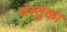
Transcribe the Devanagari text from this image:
वस्‍तुका